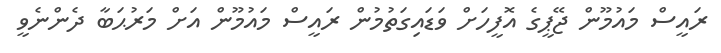
ރައީސް މައުމޫން ޖޭޕީގެ އޮފީހަށް ވަޑައިގަތުމުން ރައީސް މައުމޫން އަށް މަރުޙަބާ ދެންނެވީ